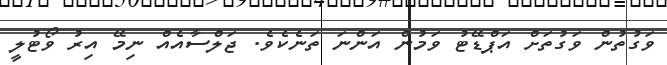
ވަގުތުން ވަގުތަށް އަޕްޑޭޓު ވަމުން އަންނަ ތަނެކެވެ. ޖަލްސާއެއް ނިމޭ އިރު ވޯޓުލީ